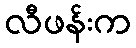
လီဖန်းက